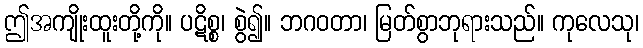
ဤအကျိုးထူးတို့ကို။ ပဋိစ္စ၊ စွဲ၍။ ဘဂဝတာ၊ မြတ်စွာဘုရားသည်။ ကုလေသု၊